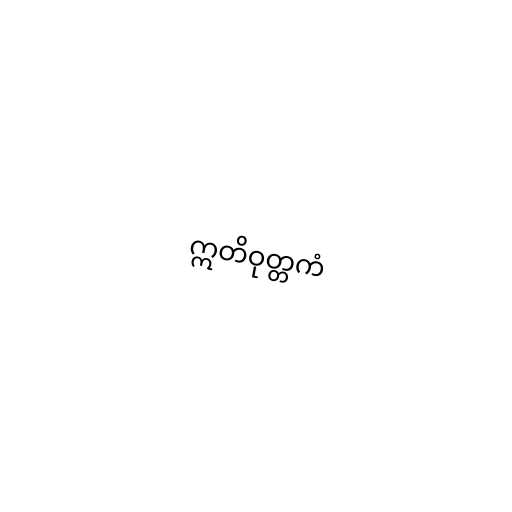
ဣတိဝုတ္တကံ